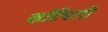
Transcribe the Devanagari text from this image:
काँटेंपररी